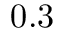
0 . 3